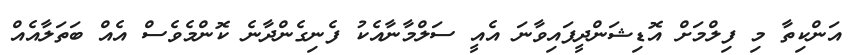
އަންކިތާ މި ފިލްމަށް އޮޑިޝަންދީފައިވާނަ އެއީ ސަލްމާނާއެކު ފެނިގެންދާނެ ކޮންމެވެސް އެއް ބަތަލާއެއް